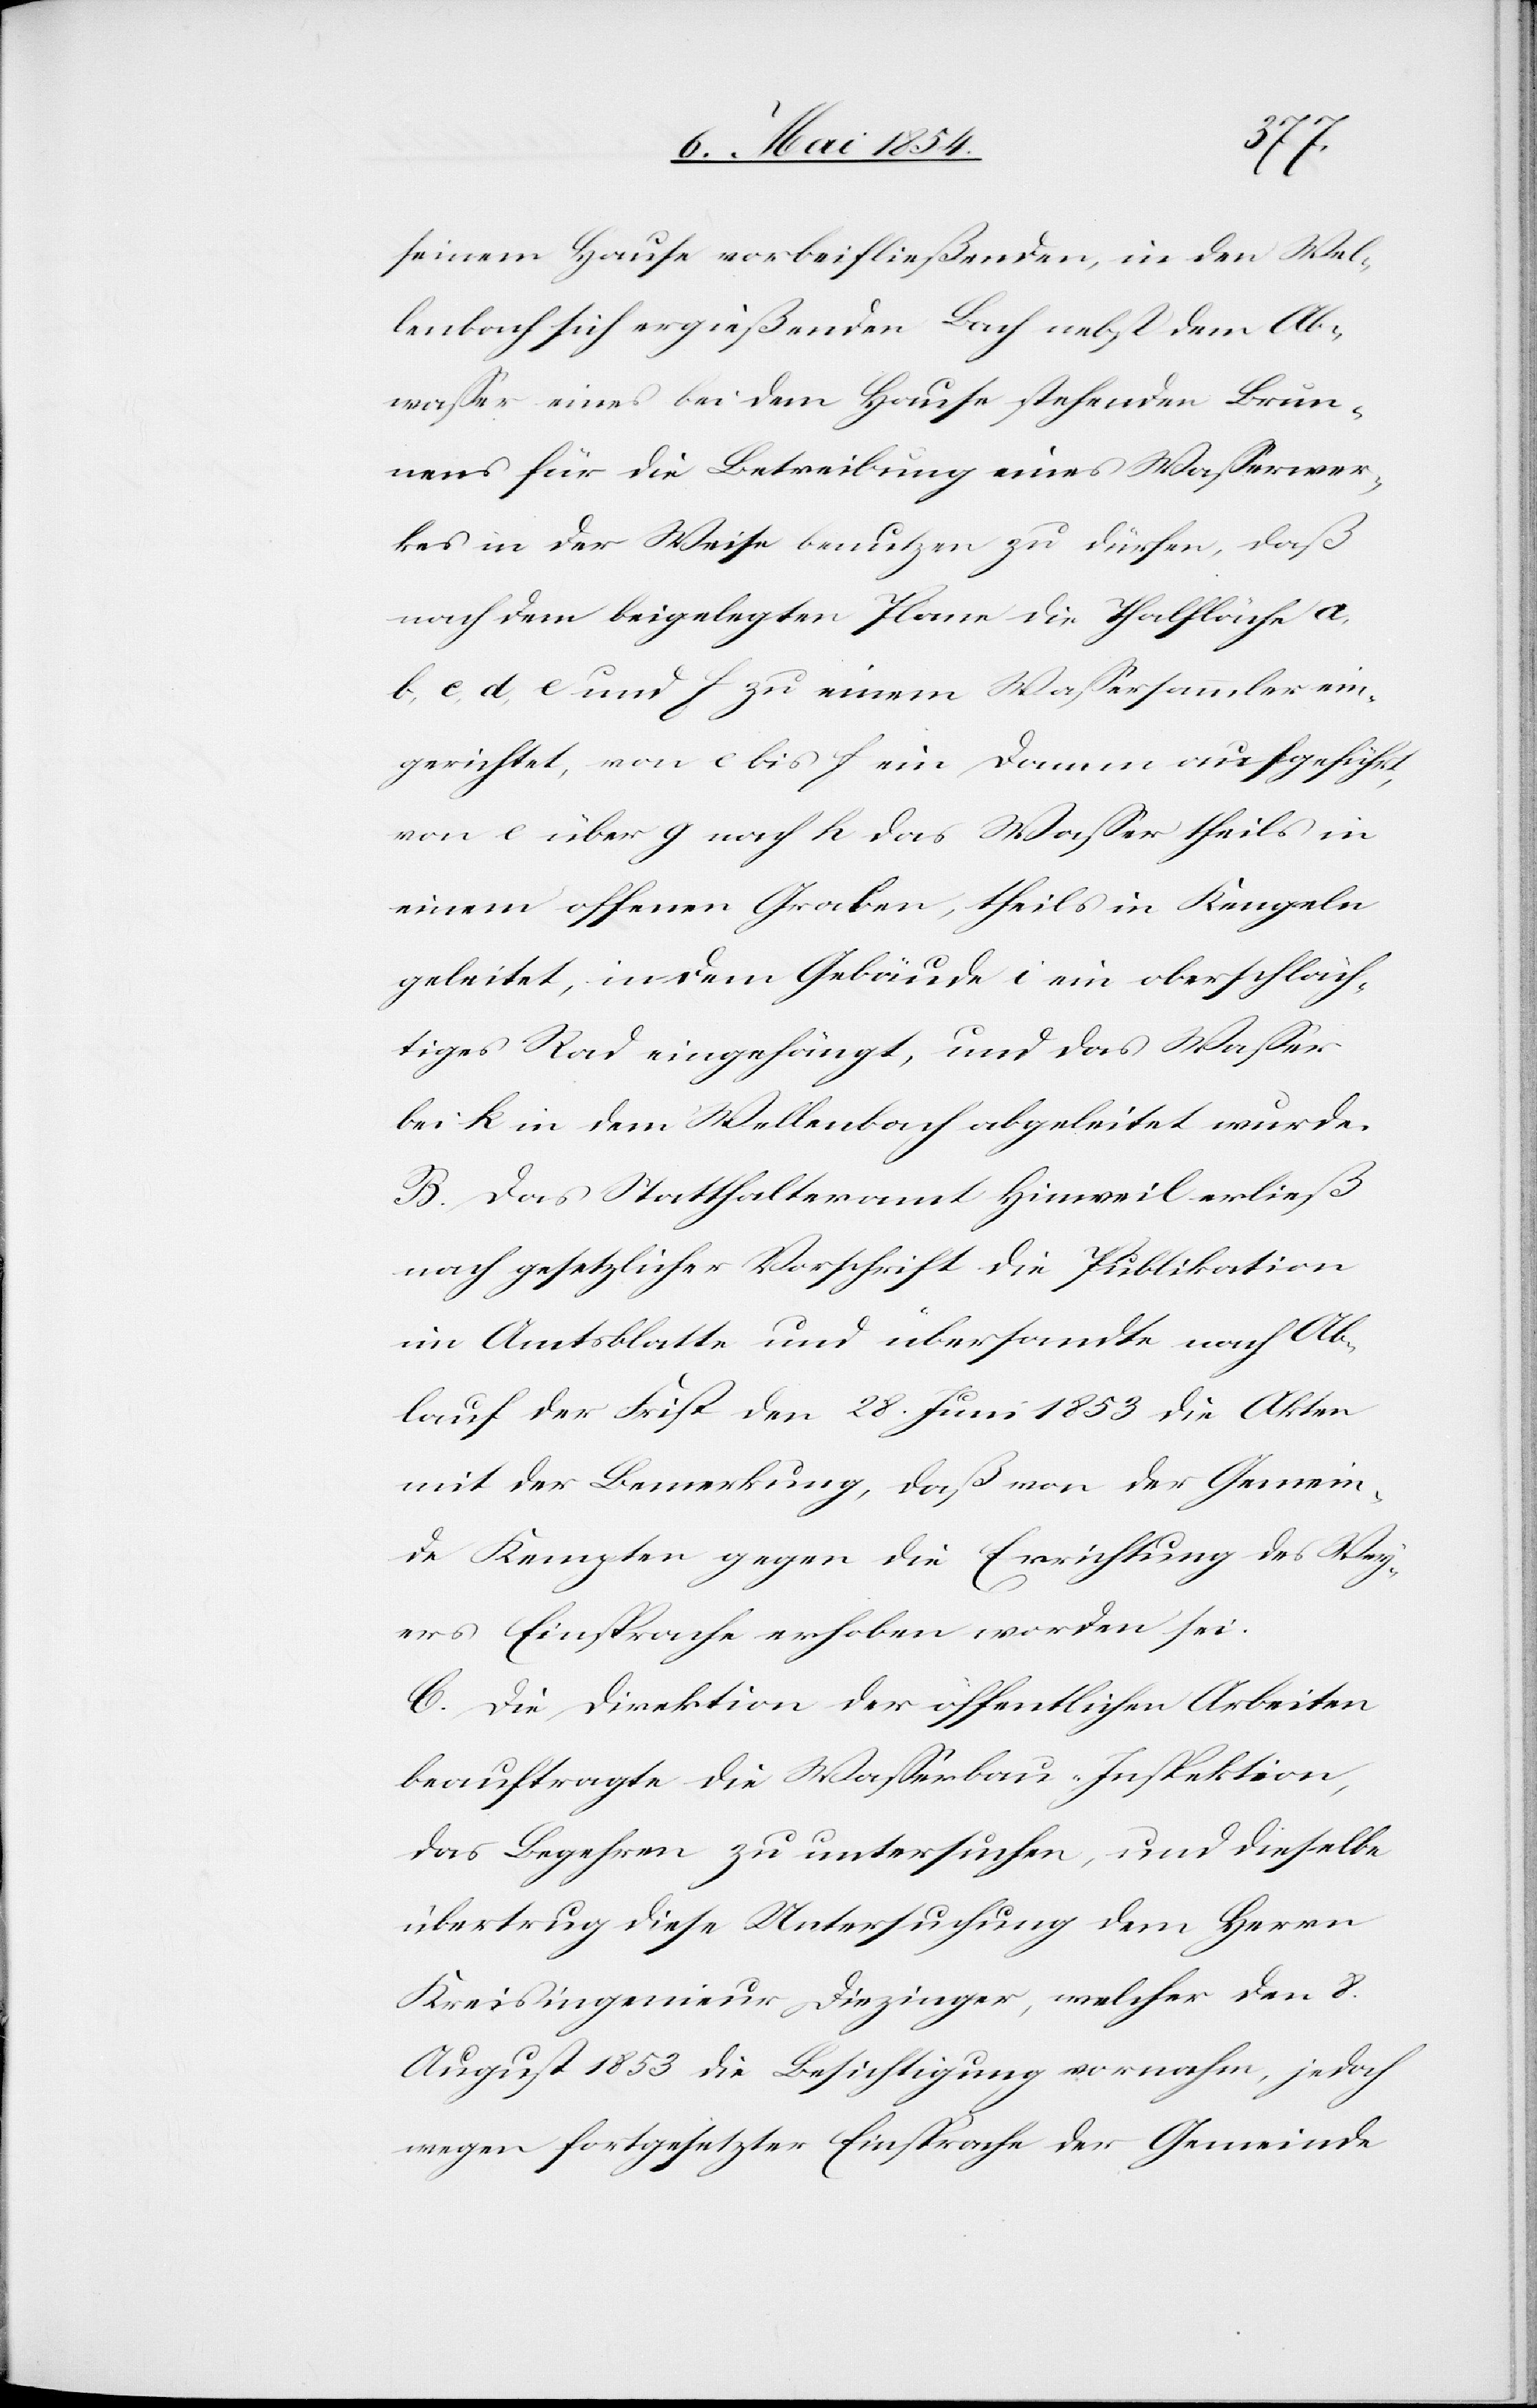
seinem Hause vorbeifließenden, in den Wel¬
lenbach sich ergießenden Bach nebst dem Ab¬
waßer eine bei dem Hause stehenden Brun¬
nens für die Betreibung eines Waßerwer¬
kes in der Weise benutzen zu dürfen, daß
nach dem beigelegten Plane die Thalfläche a,
b, c, d, e und f zu einem Waßersammler ein¬
gerichtet, von e bis f ein Damm aufgeführt,
von e über g nach h das Waßer theils in
einem offenen Graben, theils in Kengeln
geleitet, in den Gebäude i ein oberschläch¬
tiges Rad eingehängt, und das Waßer
bei k in dem Wellenbach abgeleitet wurde.
B. Das Statthalteramt Hinweil erließ
nach gesetzlicher Vorschrift die Publikation
im Amtsblatte und übersandte nach Ab¬
lauf der Frist den 28. Juni 1853 die Akten
mit der Bemerkung, daß von der Gemein¬
de Kempten gegen die Errichtung des Wey¬
ers Einsprache erhoben worden sei.
C. Die Direktion der öffentlichen Arbeiten
beauftragte die Waßerbau-Inespektion,
das Begehren zu untersuchen, und dieselbe
übertrug diese Untersuchung dem Herrn
Kreisingenieur Diezinger, welcher den 8.
August 1853 die Besichtigung vornahm, jedoch
wegen fortgesetzter Einsprache der Gemeinde